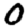
Digit: 0